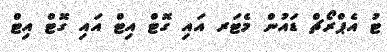
ޓު އެޕްރޯޗް ޑައުން މެޓަރ އައި ގޮޓް އިޓް އައި ގޮޓް އިޓް